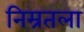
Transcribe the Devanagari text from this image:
निम्रतला